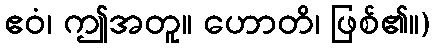
ဧဝံ၊ ဤအတူ။ ဟောတိ၊ ဖြစ်၏။)